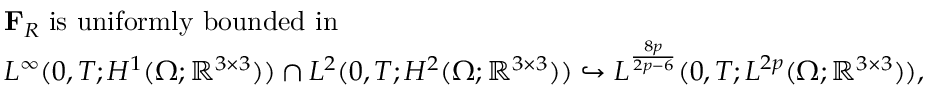
\begin{array} { r l } & { \mathbf { F } _ { R } \; \mathrm { i s ~ u n i f o r m l y ~ b o u n d e d ~ i n } \; } \\ & { L ^ { \infty } ( 0 , T ; H ^ { 1 } ( \Omega ; \mathbb { R } ^ { 3 \times 3 } ) ) \cap L ^ { 2 } ( 0 , T ; H ^ { 2 } ( \Omega ; \mathbb { R } ^ { 3 \times 3 } ) ) \hookrightarrow L ^ { \frac { 8 p } { 2 p - 6 } } ( 0 , T ; L ^ { 2 p } ( \Omega ; \mathbb { R } ^ { 3 \times 3 } ) ) , } \end{array}